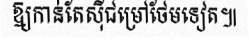
ឱ្យកាន់តែស៊ីជម្រៅថែមទៀត៕